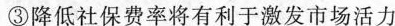
③降低社保费率将有利于激发市场活力